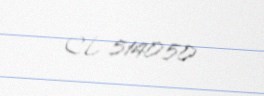
CL 514050